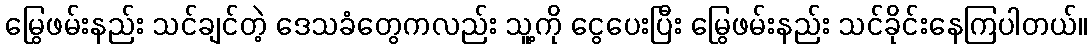
မြွေဖမ်းနည်း သင်ချင်တဲ့ ဒေသခံတွေကလည်း သူ့ကို ငွေပေးပြီး မြွေဖမ်းနည်း သင်ခိုင်းနေကြပါတယ်။